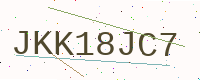
Text: JKK18JC7